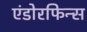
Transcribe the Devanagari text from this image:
एंडोरफिन्स